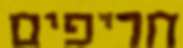
חריפים